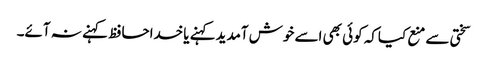
سختی سے منع کیاکہ کوئی بھی اسے خوش آمدیدکہنے یاخداحافظ کہنے نہ آئے۔